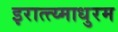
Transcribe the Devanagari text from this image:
इरात्त्य्माधुरम